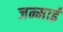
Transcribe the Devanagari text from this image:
जन्माई